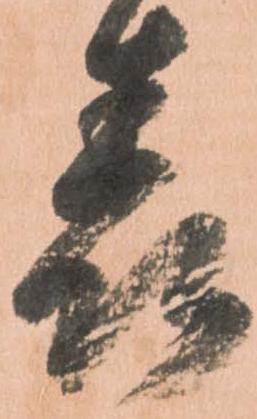
表